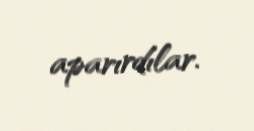
aparırdılar.